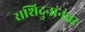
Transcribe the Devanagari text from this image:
राशिदुनांनंतर